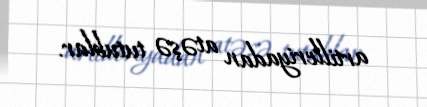
artilleriyadan atəşə tutublar.